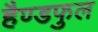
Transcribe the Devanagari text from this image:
हैण्डफुल